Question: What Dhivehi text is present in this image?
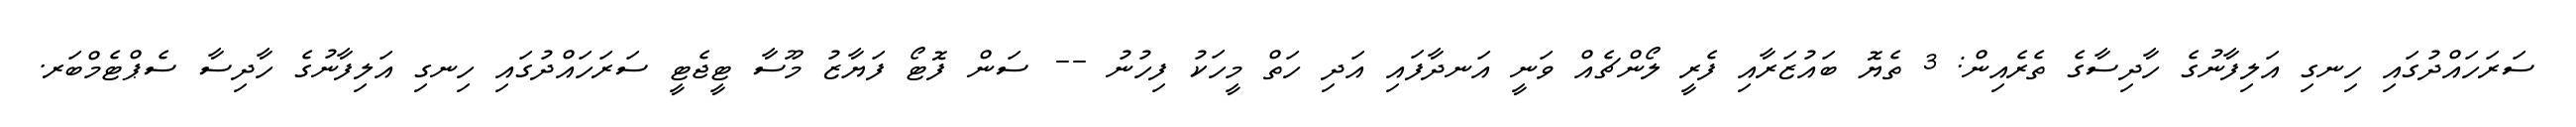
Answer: ސަރަހައްދުގައި ހިނގި އަލިފާނުގެ ހާދިސާގެ ތެރެއިން: 3 ތެޔޮ ބައުޒަރާއި ފެރީ ލޯންޗެއް ވަނީ އަނދާފައި އަދި ހަތް މީހަކު ފިހުނު -- ސަން ފޮޓޯ ފަޔާޒު މޫސާ ޓީޖެޓީ ސަރަހައްދުގައި ހިނގި އަލިފާނުގެ ހާދިސާ ސެޕްޓެމްބަރ.